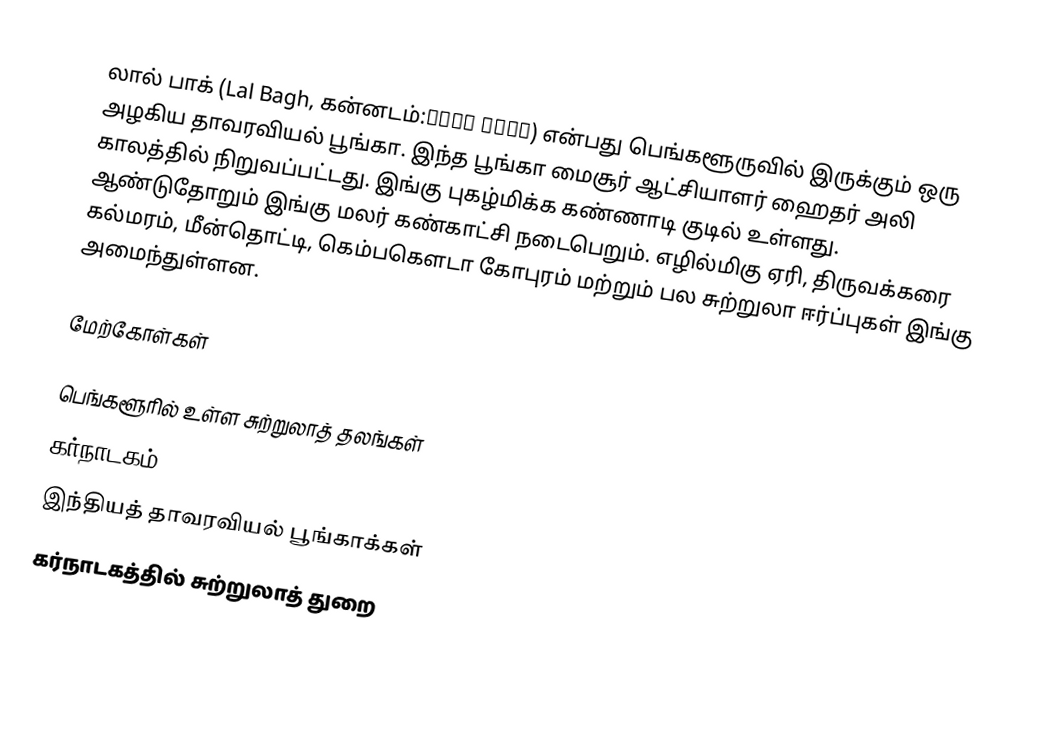
லால் பாக் (Lal Bagh, கன்னடம்:ಲಾಲ್ ಬಾಗ್) என்பது பெங்களூருவில் இருக்கும் ஒரு அழகிய தாவரவியல் பூங்கா. இந்த பூங்கா மைசூர் ஆட்சியாளர் ஹைதர் அலி காலத்தில் நிறுவப்பட்டது. இங்கு புகழ்மிக்க கண்ணாடி குடில் உள்ளது. ஆண்டுதோறும் இங்கு மலர் கண்காட்சி நடைபெறும். எழில்மிகு ஏரி, திருவக்கரை கல்மரம், மீன்தொட்டி, கெம்பகௌடா கோபுரம் மற்றும் பல சுற்றுலா ஈர்ப்புகள் இங்கு அமைந்துள்ளன.

மேற்கோள்கள்

பெங்களூரில் உள்ள சுற்றுலாத் தலங்கள்
கர்நாடகம்
இந்தியத் தாவரவியல் பூங்காக்கள்
கர்நாடகத்தில் சுற்றுலாத் துறை